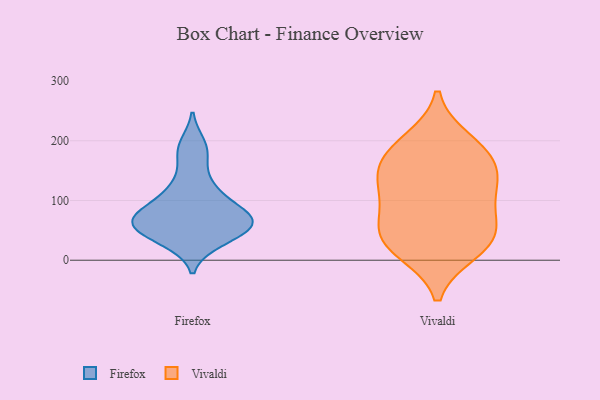
{"axis": {"x": "Net Income (USD K)", "y": "Value"}, "legend": ["Firefox", "Vivaldi"], "data": [{"x": "", "y": 66, "type": "Firefox"}, {"x": "", "y": 61, "type": "Firefox"}, {"x": "", "y": 52, "type": "Firefox"}, {"x": "", "y": 32, "type": "Firefox"}, {"x": "", "y": 37, "type": "Firefox"}, {"x": "", "y": 55, "type": "Firefox"}, {"x": "", "y": 177, "type": "Firefox"}, {"x": "", "y": 77, "type": "Firefox"}, {"x": "", "y": 71, "type": "Firefox"}, {"x": "", "y": 113, "type": "Firefox"}, {"x": "", "y": 95, "type": "Firefox"}, {"x": "", "y": 71, "type": "Firefox"}, {"x": "", "y": 193, "type": "Firefox"}, {"x": "", "y": 131, "type": "Firefox"}, {"x": "", "y": 182, "type": "Vivaldi"}, {"x": "", "y": 154, "type": "Vivaldi"}, {"x": "", "y": 124, "type": "Vivaldi"}, {"x": "", "y": 169, "type": "Vivaldi"}, {"x": "", "y": 30, "type": "Vivaldi"}, {"x": "", "y": 124, "type": "Vivaldi"}, {"x": "", "y": 54, "type": "Vivaldi"}, {"x": "", "y": 16, "type": "Vivaldi"}, {"x": "", "y": 29, "type": "Vivaldi"}, {"x": "", "y": 60, "type": "Vivaldi"}, {"x": "", "y": 199, "type": "Vivaldi"}, {"x": "", "y": 101, "type": "Vivaldi"}]}